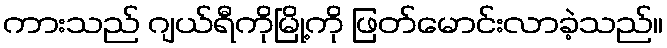
ကားသည် ဂျယ်ရီကိုမြို့ကို ဖြတ်မောင်းလာခဲ့သည်။